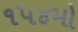
૧૫૪મો